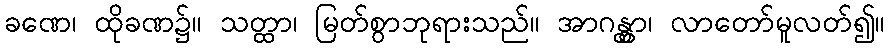
ခဏေ၊ ထိုခဏ၌။ သတ္ထာ၊ မြတ်စွာဘုရားသည်။ အာဂန္တွာ၊ လာတော်မူလတ်၍။